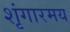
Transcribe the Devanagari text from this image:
शृंगारमय